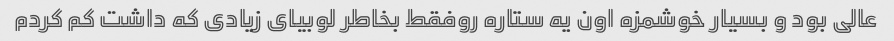
عالی بود و بسیار خوشمزه اون یه ستاره روفقط بخاطر لوبیای زیادی که داشت کم کردم